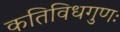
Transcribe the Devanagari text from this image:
कतिविधगुणः